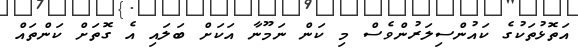
އަތޮޅުތަކުގެ ކައުންސިލަރުންވެސް މި ކަން ނަމޫނާ އަކަށް ބަލައި އެ ގޮތަށް ކަންތައް